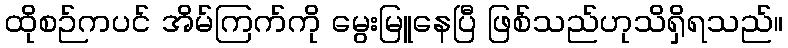
ထိုစဉ်ကပင် အိမ်ကြက်ကို မွေးမြူနေပြီ ဖြစ်သည်ဟုသိရှိရသည်။